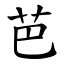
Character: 芭